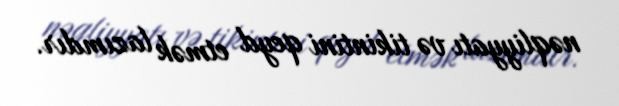
nəqliyyatı və tikintini qeyd etmək lazımdır.